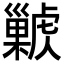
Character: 𢀊